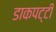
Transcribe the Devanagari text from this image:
डाकपट्टी